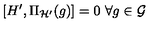
[ H ^ { \prime } , \Pi _ { \cal H ^ { \prime } } ( g ) ] = 0 \ \forall g \in { \cal G }